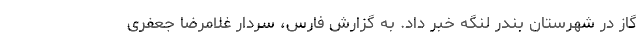
گاز در شهرستان بندر لنگه خبر داد. به گزارش فارس، سردار غلامرضا جعفری